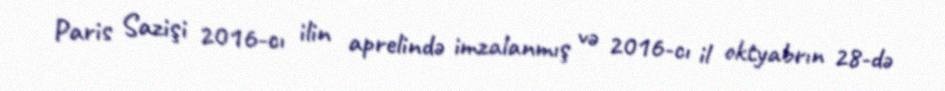
Paris Sazişi 2016-cı ilin aprelində imzalanmış və 2016-cı il oktyabrın 28-də